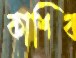
কাশিব